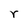
Character: r